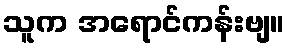
သူက အရောင်ကန်းဗျ။